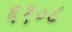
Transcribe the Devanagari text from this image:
६१०८